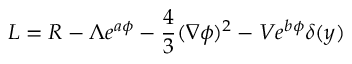
{ \cal L } = R - \Lambda e ^ { a \phi } - \frac { 4 } { 3 } ( \nabla \phi ) ^ { 2 } - V e ^ { b \phi } \delta ( y )